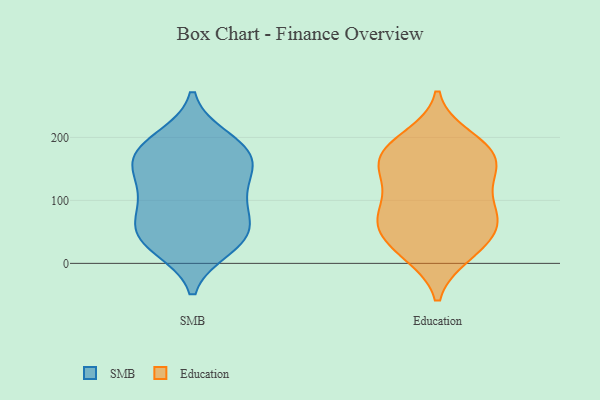
{"axis": {"x": "Revenue (USD Million)", "y": "Value"}, "legend": ["Education", "SMB"], "data": [{"x": "", "y": 80, "type": "SMB"}, {"x": "", "y": 186, "type": "SMB"}, {"x": "", "y": 26, "type": "SMB"}, {"x": "", "y": 39, "type": "SMB"}, {"x": "", "y": 127, "type": "SMB"}, {"x": "", "y": 174, "type": "SMB"}, {"x": "", "y": 149, "type": "SMB"}, {"x": "", "y": 171, "type": "SMB"}, {"x": "", "y": 47, "type": "SMB"}, {"x": "", "y": 165, "type": "SMB"}, {"x": "", "y": 114, "type": "SMB"}, {"x": "", "y": 94, "type": "SMB"}, {"x": "", "y": 58, "type": "SMB"}, {"x": "", "y": 34, "type": "SMB"}, {"x": "", "y": 197, "type": "SMB"}, {"x": "", "y": 91, "type": "Education"}, {"x": "", "y": 95, "type": "Education"}, {"x": "", "y": 200, "type": "Education"}, {"x": "", "y": 63, "type": "Education"}, {"x": "", "y": 69, "type": "Education"}, {"x": "", "y": 25, "type": "Education"}, {"x": "", "y": 55, "type": "Education"}, {"x": "", "y": 159, "type": "Education"}, {"x": "", "y": 188, "type": "Education"}, {"x": "", "y": 146, "type": "Education"}, {"x": "", "y": 167, "type": "Education"}, {"x": "", "y": 14, "type": "Education"}, {"x": "", "y": 136, "type": "Education"}, {"x": "", "y": 175, "type": "Education"}, {"x": "", "y": 182, "type": "Education"}, {"x": "", "y": 73, "type": "Education"}, {"x": "", "y": 131, "type": "Education"}, {"x": "", "y": 15, "type": "Education"}, {"x": "", "y": 53, "type": "Education"}]}